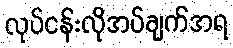
လုပ်ငန်းလိုအပ်ချက်အရ